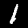
Digit: 1